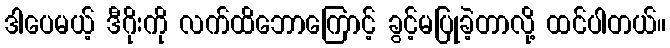
ဒါပေမယ့် ဒီဂိုးကို လက်ထိဘောကြောင့် ခွင့်မပြုခဲ့တာလို့ ထင်ပါတယ်။